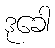
ဒုခေါ